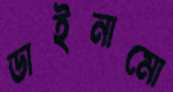
ডাইনামো